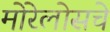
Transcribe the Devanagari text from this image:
मोरेलोसचे